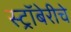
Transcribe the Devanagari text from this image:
स्ट्रॉबेरीचे